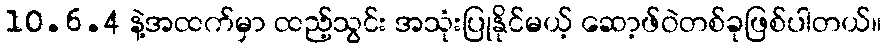
10.6.4 နဲ့အထက်မှာ ထည့်သွင်း အသုံးပြုနိုင်မယ့် ဆော့ဖ်ဝဲတစ်ခုဖြစ်ပါတယ်။